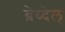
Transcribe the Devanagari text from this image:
ब्रेय्देल्